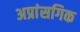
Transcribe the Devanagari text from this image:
अप्रांसगिक